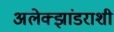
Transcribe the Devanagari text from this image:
अलेक्झांडराशी